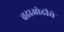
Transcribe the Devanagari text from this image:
चढाओढीचे